Indian journal of veterinary science and animal husbandry - Volume 13,
Year: 1943
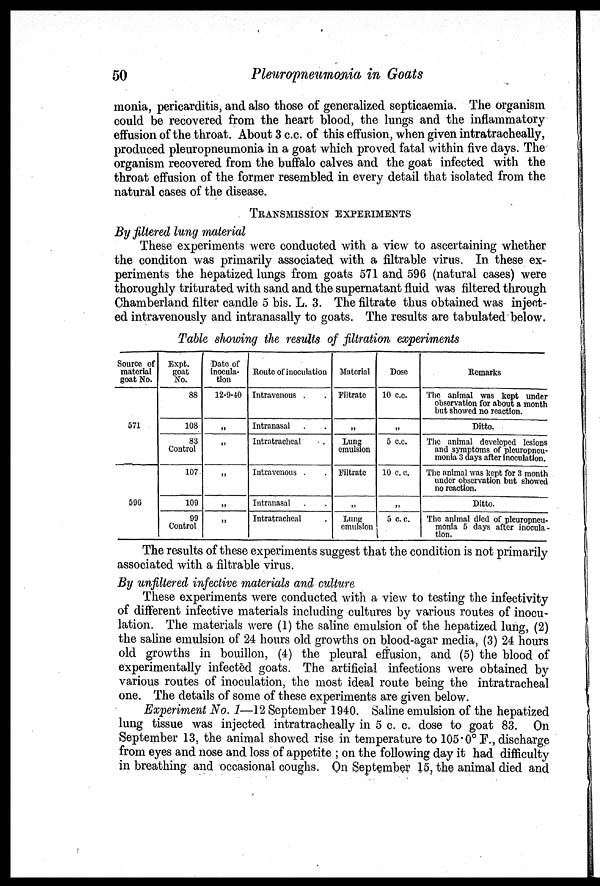
50
Pleuropneumonia in Goats
monia, pericarditis, and also those of generalized septicaemia. The organism
could be recovered from the heart blood, the lungs and the inflammatory
effusion of the throat. About 3 c.c. of this effusion, when given intratracheally,
produced pleuropneumonia in a goat which proved fatal within five days. The
organism recovered from the buffalo calves and the goat infected with the
throat effusion of the former resembled in every detail that isolated from the
natural cases of the disease.
TRANSMISSION EXPERIMENTS
By filtered lung material
These experiments were conducted with a view to ascertaining whether
the conditon was primarily associated with a filtrable virus. In these ex-
periments the hepatized lungs from goats 571 and 596 (natural cases) were
thoroughly triturated with sand and the supernatant fluid was filtered through
Chamberland filter candle 5 bis. L. 3. The filtrate thus obtained was inject-
ed intravenously and intranasally to goats. The results are tabulated below.
Table showing the results of filtration experiments
Source of
material
goat No.
571
596
Expt.
goat
No.
88
108
83
Control
107
109
99
Control
Date of
inocula-
tion
12-9-40
„
„
„
„
„
Route of inoculation
Intravenous . .
Intranasal . .
Intratracheal .
Intravenous . .
Intranasal . .
Intratracheal .
Material
Filtrate
„
Lung
emulsion
Filtrate
„
Lung
emulsion
Dose
10 c.c.
„
5 c.c.
10 c. c.
„
5 c.c.
Remarks
The animal was kept under
observation for about a month
but showed no reaction.
Ditto.
The animal developed lesions
and symptoms of pleuropneu-
monia 3 days after inoculation.
The animal was kept for 3 month
under observation but showed
no reaction.
Ditto.
The animal died of pleuropneu-
monia 5 days after inocula-
tion.
The results of these experiments suggest that the condition is not primarily
associated with a filtrable virus.
By unfiltered infective materials and culture
These experiments were conducted with a view to testing the infectivity
of different infective materials including cultures by various routes of inocu-
lation. The materials were (1) the saline emulsion of the hepatized lung, (2)
the saline emulsion of 24 hours old growths on blood-agar media, (3) 24 hours
old growths in bouillon, (4) the pleural effusion, and (5) the blood of
experimentally infected goats. The artificial infections were obtained by
various routes of inoculation, the most ideal route being the intratracheal
one. The details of some of these experiments are given below.
Experiment No. 1—12 September 1940. Saline emulsion of the hepatized
lung tissue was injected intratracheally in 5 c. c. dose to goat 83. On
September 13, the animal showed rise in temperature to 105.0° F., discharge
from eyes and nose and loss of appetite ; on the following day it had difficulty
in breathing and occasional coughs. On September 15, the animal died and